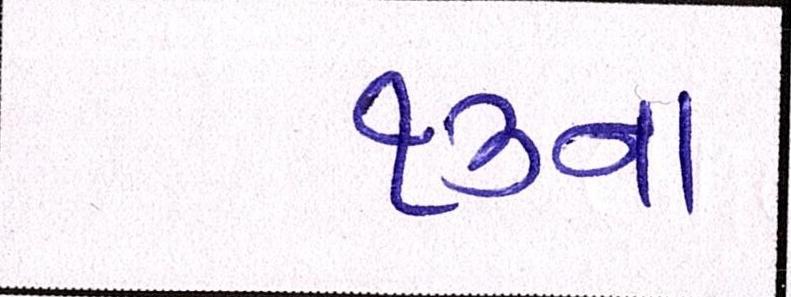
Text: ૧૩નાં